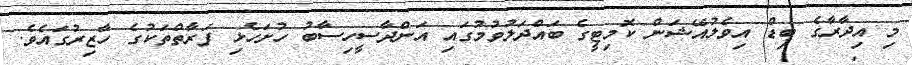
މި އިދާރާގެ ބިޑް އިވެލުއޭޝަން ކޮމިޓީގެ ބައްދަލުވުމުގައި އަންދާސީހިސާބު ހުށަހެޅި ފަރާތްތަކުގެ ހާޒިރުގައެވެ.